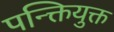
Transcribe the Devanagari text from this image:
पन्क्तियुक्त